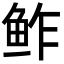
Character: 鲊